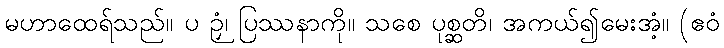
မဟာထေရ်သည်။ ပ ဉှံ၊ ပြဿနာကို။ သစေ ပုစ္ဆတိ၊ အကယ်၍မေးအံ့။ (ဧဝံ